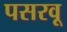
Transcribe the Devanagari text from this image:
पसरवू